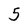
Character: 5